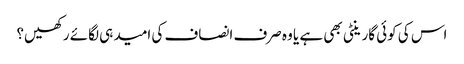
اس کی کوئی گارینٹی بھی ہے یا وہ صرف انصاف کی امید ہی لگائے رکھیں؟